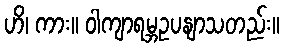
ဟိ၊ ကား။ ဝါကျာရမ္ဘဥပနျာသတည်း။